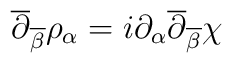
\overline{\partial}_{\overline{\beta}}\rho_\alpha =i\partial_\alpha \overline{\partial}_{\overline{\beta}}\chi